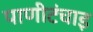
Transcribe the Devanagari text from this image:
पाणीटंचाइ